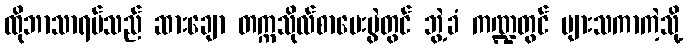
ထိုဘာသာရပ်သည် ဆားချော တက္ကသိုလ်စာမေးပွဲတွင် ဘွဲ့ခံ ကဏ္ဍတွင် ပျားသကာကဲ့သို့